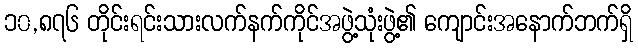
၁၀,၈၇၆ တိုင်းရင်းသားလက်နက်ကိုင်အဖွဲ့သုံးဖွဲ့၏ ကျောင်းအနောက်ဘက်ရှိ